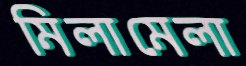
মিলামেলা